Rangoon Lunatic Asylum 1878-1892 - 1878-1892
Year: 1878
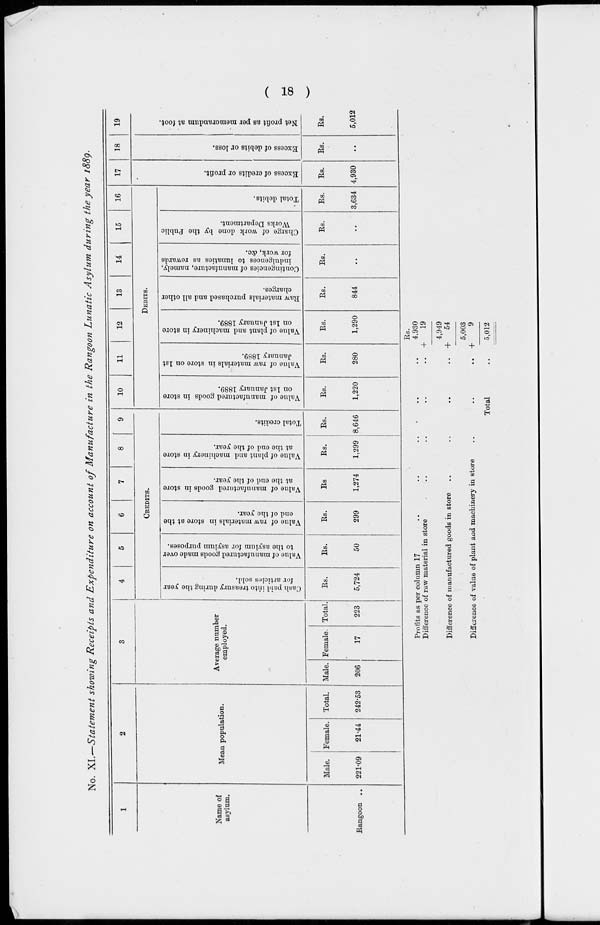
( 18 )
No. XI.—Statement showing Receipts and Expenditure on account of Manufacture in the Rangoon Lunatic Asylum during the year 1889.
1
Name of
asylum.
Rangoon ..
2
Mean population.
Male.
221.09
Female.
21.44
Total.
242.53
3
Average number
employed.
Male.
206
Female.
17
Total.
223
4
5
6
7
8
9
CREDITS.
Cash paid into treasury during the year
for articles sold.
Rs.
5,724
Value of manufactured goods made over
to the asylum for asylum purposes.
Rs.
50
Value of raw materials in store at the
end of the year.
Rs.
299
Value of manufactured goods in store
at the end of the year.
Rs
1,274
Value of plant and machinery in store
at the end of the year.
Rs.
1,299
Total credits.
Rs.
8,646
10
11
12
13
14
15
16
DEBITS.
Value of manufactured goods in store
on 1st January 1889.
Rs.
1,220
Value of raw materials in store on 1st
January 1889.
Rs.
280
Value of plant and machinery in store
on 1st January 1889.
Rs.
1,290
Raw materials purchased and all other
charges.
Rs.
844
Contingencies of manufacture, namely,
indulgences to lunatics as rewards
for work, &c.
Rs.
..
Charge of work done by the Public
Works Department.
Rs.
..
Total debits.
Rs.
3,634
17
Excess of credits or profit.
Rs.
4,930
18
Excess of debits or loss.
Rs.
..
19
Net profit as per memorandum at foot.
Rs.
5,012
Profits as per column 17
..
.. .. .. ..
Difference of raw material in store
.. .. .. ..
Difference of manufactured goods in store .. .. .. ..
Difference of value of plant and machinery in store .. .. ..
Total ..
Rs.
4,930
+
19
4,949
+
54
5,003
+
9
5,012